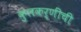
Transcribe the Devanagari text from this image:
कुलकर्णींची